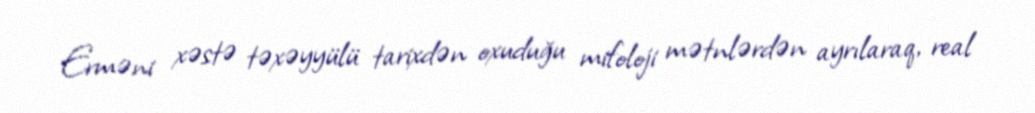
Erməni xəstə təxəyyülü tarixdən oxuduğu mifoloji mətnlərdən ayrılaraq, real